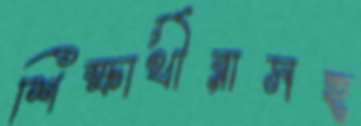
শিক্ষার্থীরাসহ